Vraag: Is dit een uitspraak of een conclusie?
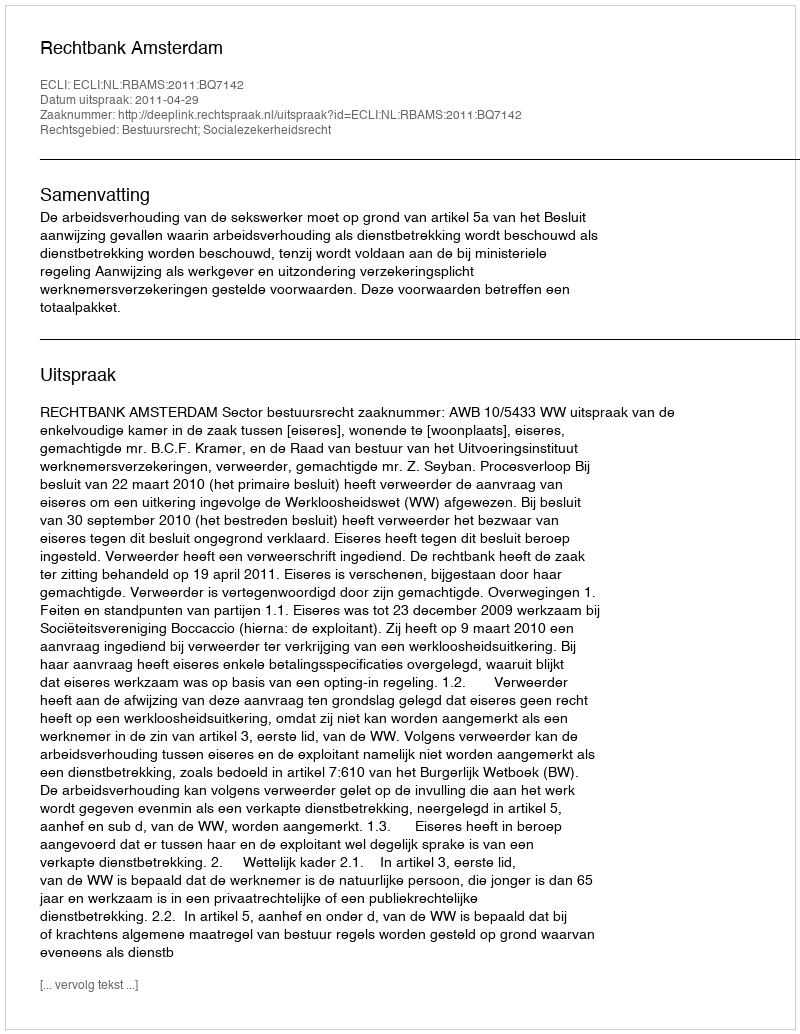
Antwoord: Uitspraak